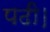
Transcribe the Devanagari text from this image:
पढी।